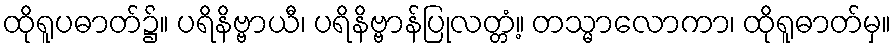
ထိုရူပဓာတ်၌။ ပရိနိဗ္ဗာယီ၊ ပရိနိဗ္ဗာန်ပြုလတ္တံ့။ တသ္မာလောကာ၊ ထိုရူဓာတ်မှ။